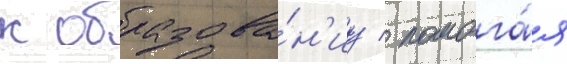
к образова́н'иу / помога́я